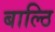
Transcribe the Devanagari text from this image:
बाल्ठि